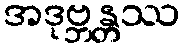
အဒုဗ္ဘန္တဿ